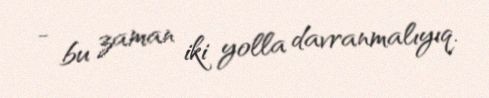
- bu zaman iki yolla davranmalıyıq.